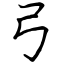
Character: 弓